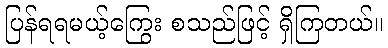
ပြန်ရရမယ့်ကြွေး စသည်ဖြင့် ရှိကြတယ်။